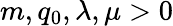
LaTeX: m,q_{0},\lambda,\mu>0